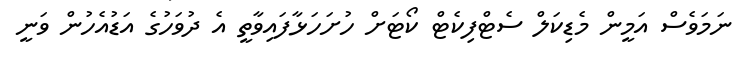
ނަމަވެސް އަމީން މެޑިކަލް ސެޓްފިކެޓް ކޯޓަށް ހުށަހަޅާފައިވާތީ އެ ދުވަހުގެ އަޑުއެހުން ވަނީ